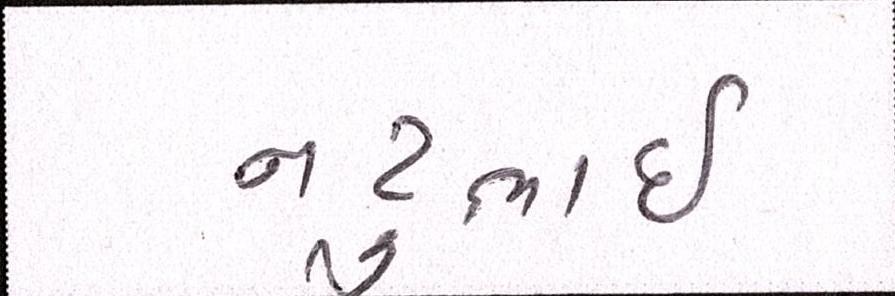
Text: નટુભાઈ